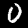
Digit: 0